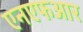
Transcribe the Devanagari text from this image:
एनएफआर